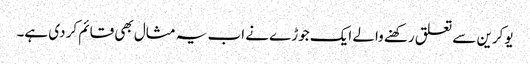
یوکرین سے تعلق رکھنے والے ایک جوڑے نے اب یہ مثال بھی قائم کر دی ہے۔